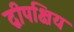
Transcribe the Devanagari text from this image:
द्वीपक्षिय